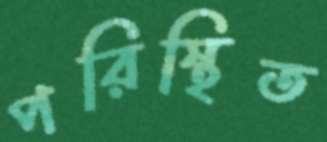
পরিস্থিত